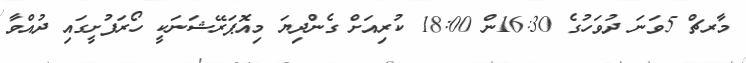
މާރޗް 5ވަނަ ދުވަހުގެ 16:30ން 18:00 ކުރިއަށް ގެންދިޔަ މިއޮޕަރޭޝަނަކީ ހޯރަފުށީގައި ދުއްވާ